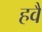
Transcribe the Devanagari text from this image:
हवै